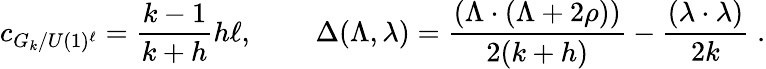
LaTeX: c_{G_{k}/U(1)^{\ell}}=\frac{k-1}{k+h}h\ell,\, \quad\quad\Delta(\Lambda,\lambda)=\frac{(\Lambda\cdot(\Lambda+2\rho))}{2(k+h)}-\frac{(\lambda\cdot\lambda)}{2k}\; .